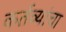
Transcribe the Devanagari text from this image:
कर्तव्यांचा